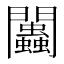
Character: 𨷷